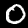
Label: 0